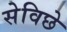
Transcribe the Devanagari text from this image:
सेविछे